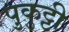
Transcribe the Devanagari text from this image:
पुकुट्टी